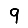
Digit: 9